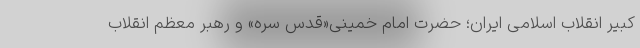
کبیر انقلاب اسلامی ایران؛ حضرت امام خمینی«قدس سره» و رهبر معظم انقلاب